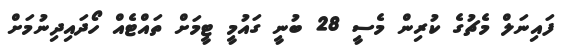
ފައިނަލް މެޗުގެ ކުރިން މެސީ 28 ބުނީ ގައުމީ ޓީމަށް ތައްޓެއް ހޯދައިދިނުމަށް